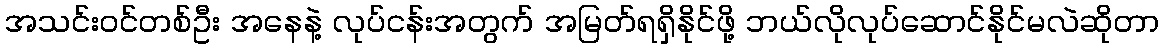
အသင်း၀င်တစ်ဦး အနေနဲ့ လုပ်ငန်းအတွက် အမြတ်ရရှိနိုင်ဖို့ ဘယ်လိုလုပ်ဆောင်နိုင်မလဲဆိုတာ